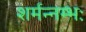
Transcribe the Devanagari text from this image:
शर्मन्नम्भः